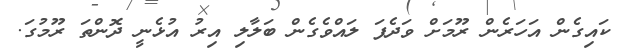
ކައިގެން އަހަރެން ރޫމަށް ވަދެފަ ލައްވެގެން ބަލާލި އިރު އުޅެނީ ދޮންތަ ރޫމުގަ.